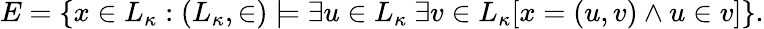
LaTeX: E=\{ x\in L_{\kappa}:(L_{\kappa},\in)\models\exists u\in L_{\kappa}\ \exists v\in L_{\kappa}[x=(u,v)\land u\in v]\} .